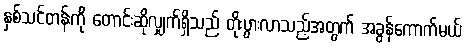
နှစ်သင်တန်းကို တောင်းဆိုလျှက်ရှိသည် တိုးပွားလာသည့်အတွက် အခွန်ကောက်မယ်